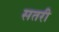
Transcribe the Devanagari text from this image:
सतरी